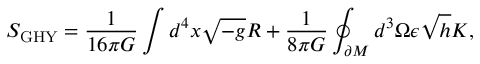
S _ { \mathrm { G H Y } } = \frac { 1 } { 1 6 \pi G } \int d ^ { 4 } x \sqrt { - g } R + \frac { 1 } { 8 \pi G } \oint _ { \partial M } d ^ { 3 } \Omega \epsilon \sqrt { h } K ,